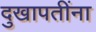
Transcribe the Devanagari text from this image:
दुखापतींना